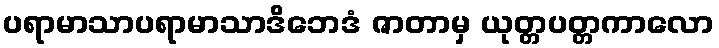
ပရာမာသာပရာမာသာဒိဘေဒံ ဇာတာမှ ယုတ္တပတ္တကာလော